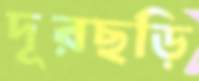
দূরছড়ি